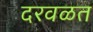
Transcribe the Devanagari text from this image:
दरवळत